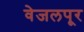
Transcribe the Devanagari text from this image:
वेजलपूर